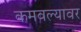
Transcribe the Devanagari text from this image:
कमवल्यावर